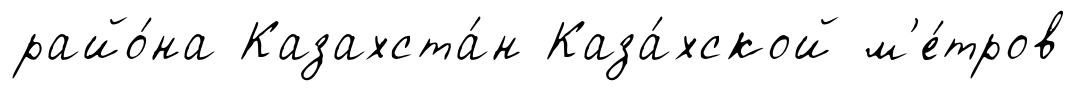
райо́на Казахста́н Каза́хской м'е́тров